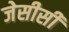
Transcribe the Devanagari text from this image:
जेसीसी